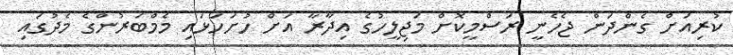
ކުރިއަށް ގެންދަން ޖެހެނީ ރަސްމީކޮށް މަޖިލީހުގެ އިދާރާ އަށް ހުށަހަޅައި މެމްބަރުންގެ މެދުގައި